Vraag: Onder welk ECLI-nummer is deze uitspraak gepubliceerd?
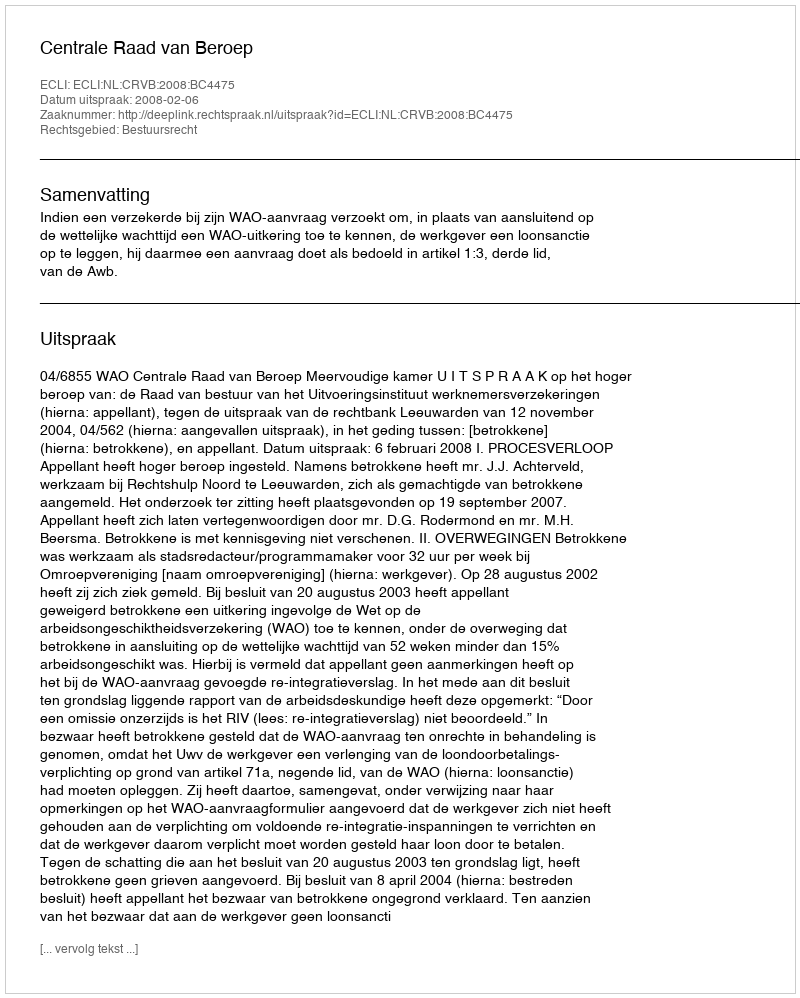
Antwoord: ECLI:NL:CRVB:2008:BC4475